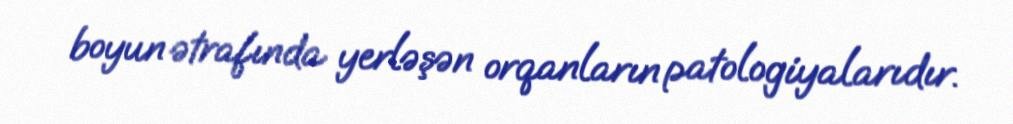
boyun ətrafında yerləşən orqanların patologiyalarıdır.